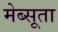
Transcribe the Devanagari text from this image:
मेब्सूता